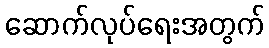
ဆောက်လုပ်ရေးအတွက်